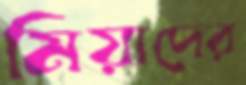
মিয়াদের